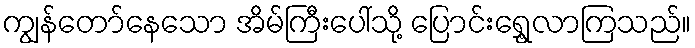
ကျွန်တော်နေသော အိမ်ကြီးပေါ်သို့ ပြောင်းရွှေ့လာကြသည်။